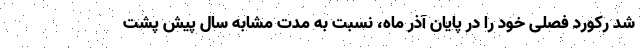
شد رکورد فصلی خود را در پایان آذر ماه، نسبت به مدت مشابه سال پیش پشت